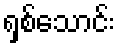
ရှစ်သောင်း